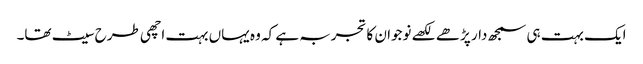
ایک بہت ہی سمجھ دار پڑھے لکھے نوجوان کا تجربہ ہے کہ وہ یہاں بہت اچھی طرح سیٹ تھا۔